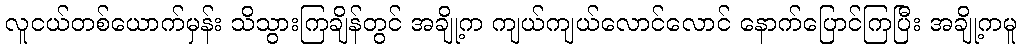
လူငယ်တစ်ယောက်မှန်း သိသွားကြချိန်တွင် အချို့က ကျယ်ကျယ်လောင်လောင် နောက်ပြောင်ကြပြီး အချို့ကမူ